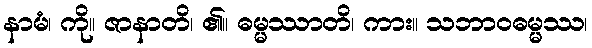
နာမံ၊ ကို။ ဇာနာတိ၊ ၏။ ဓမ္မဿာတိ၊ ကား။ သဘာဝဓမ္မဿ၊